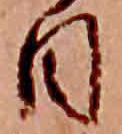
日